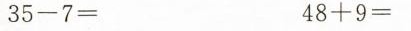
$$3 5 - 7 =$$ $$4 8 + 9 =$$